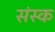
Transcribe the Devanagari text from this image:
संस्क